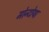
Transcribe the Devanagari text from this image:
मोन्टोया